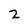
Character: 2